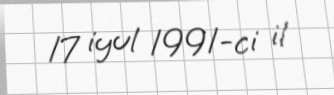
17 iyul 1991-ci il